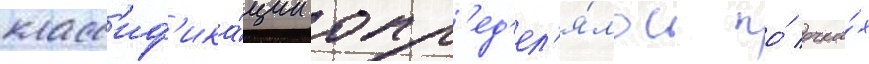
класс'иф'ика́ции опр'ед'ел'я́лось по́ очка́х